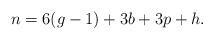
LaTeX: \begin{align*}n = 6(g - 1) + 3 b + 3 p + h. \end{align*}